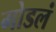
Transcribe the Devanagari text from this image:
मोडलं